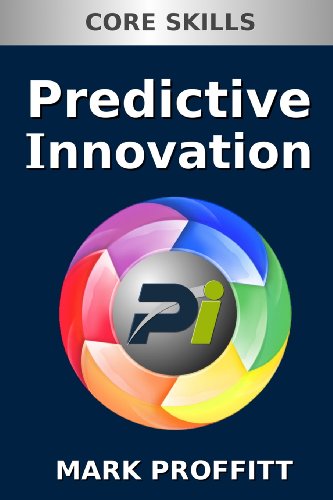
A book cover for Predictive Innovation: Core Skills (Volume 1); Mark Proffitt; Business & Money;